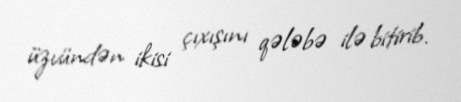
üzvündən ikisi çıxışını qələbə ilə bitirib.